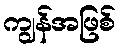
ကျွန်အဖြစ်